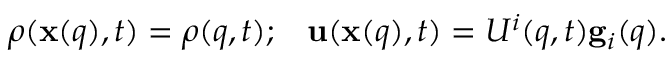
\rho ( { \bf x } ( { q } ) , t ) = \rho ( { q } , t ) ; \; \; \; { \bf u } ( { \bf x } ( { q } ) , t ) = { U } ^ { i } ( { q } , t ) { \bf g } _ { i } ( { q } ) .